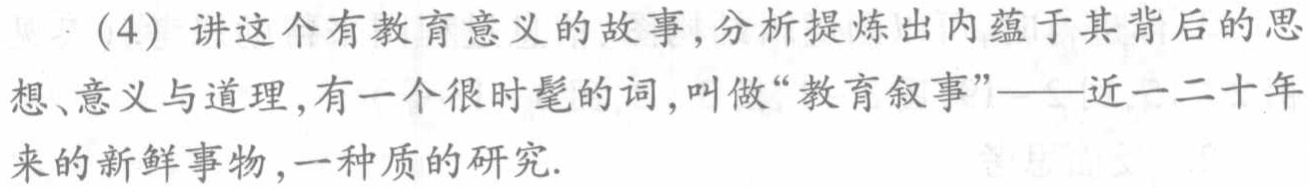
（4）讲这个有教育意义的故事,分析提炼出内蕴于其背后的思想、意义与道理,有一个很时髦的词,叫做“教育叙事”——近一二十年来的新鲜事物,一种质的研究.